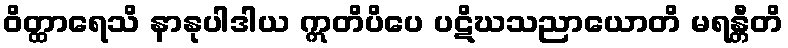
ဝိတ္ထာရေသိ နာနုပါဒါယ ဣတိပိပေ ပဋိဃသညာယောတိ မရန္တီတိ